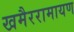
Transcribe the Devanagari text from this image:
खमैररामायण